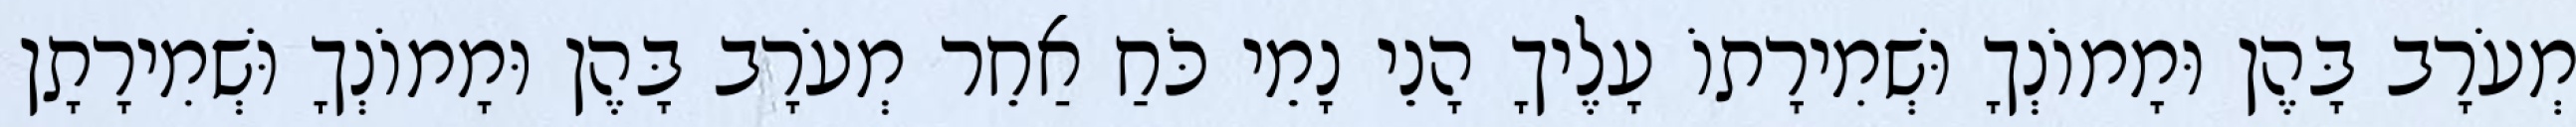
מְעֹרָב בָּהֶן וּמָמוֹנְךָ וּשְׁמִירָתוֹ עָלֶיךָ הָנֵי נָמֵי כֹּחַ אַחֵר מְעֹרָב בָּהֶן וּמָמוֹנְךָ וּשְׁמִירָתָן